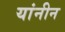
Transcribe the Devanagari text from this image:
यांनीन